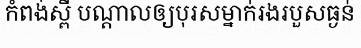
កំពង់ស្ពឺ បណ្តាលឲ្យបុរសម្នាក់រងរបួសធ្ងន់